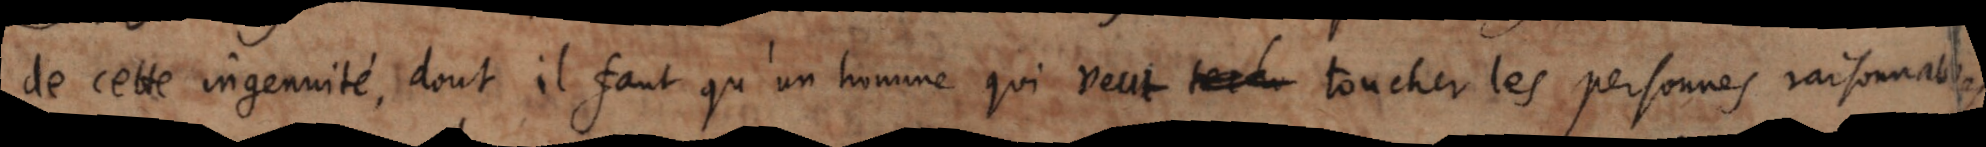
de cette ingenuité, dont il faut qu’un homme, qui veut toucher les personnes raisonnables,